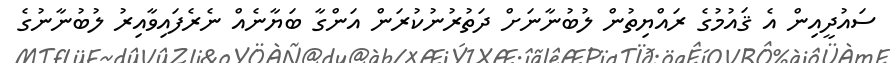
ސައުދީއިން އެ ޤައުމުގެ ރައްޔިތުން ލުބުނާނަށް ދަތުރުނުކުރަން އަންގާ ބަޔާނެއް ނެރެފައިވާއިރު ލުބުނާނުގެ